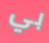
بي